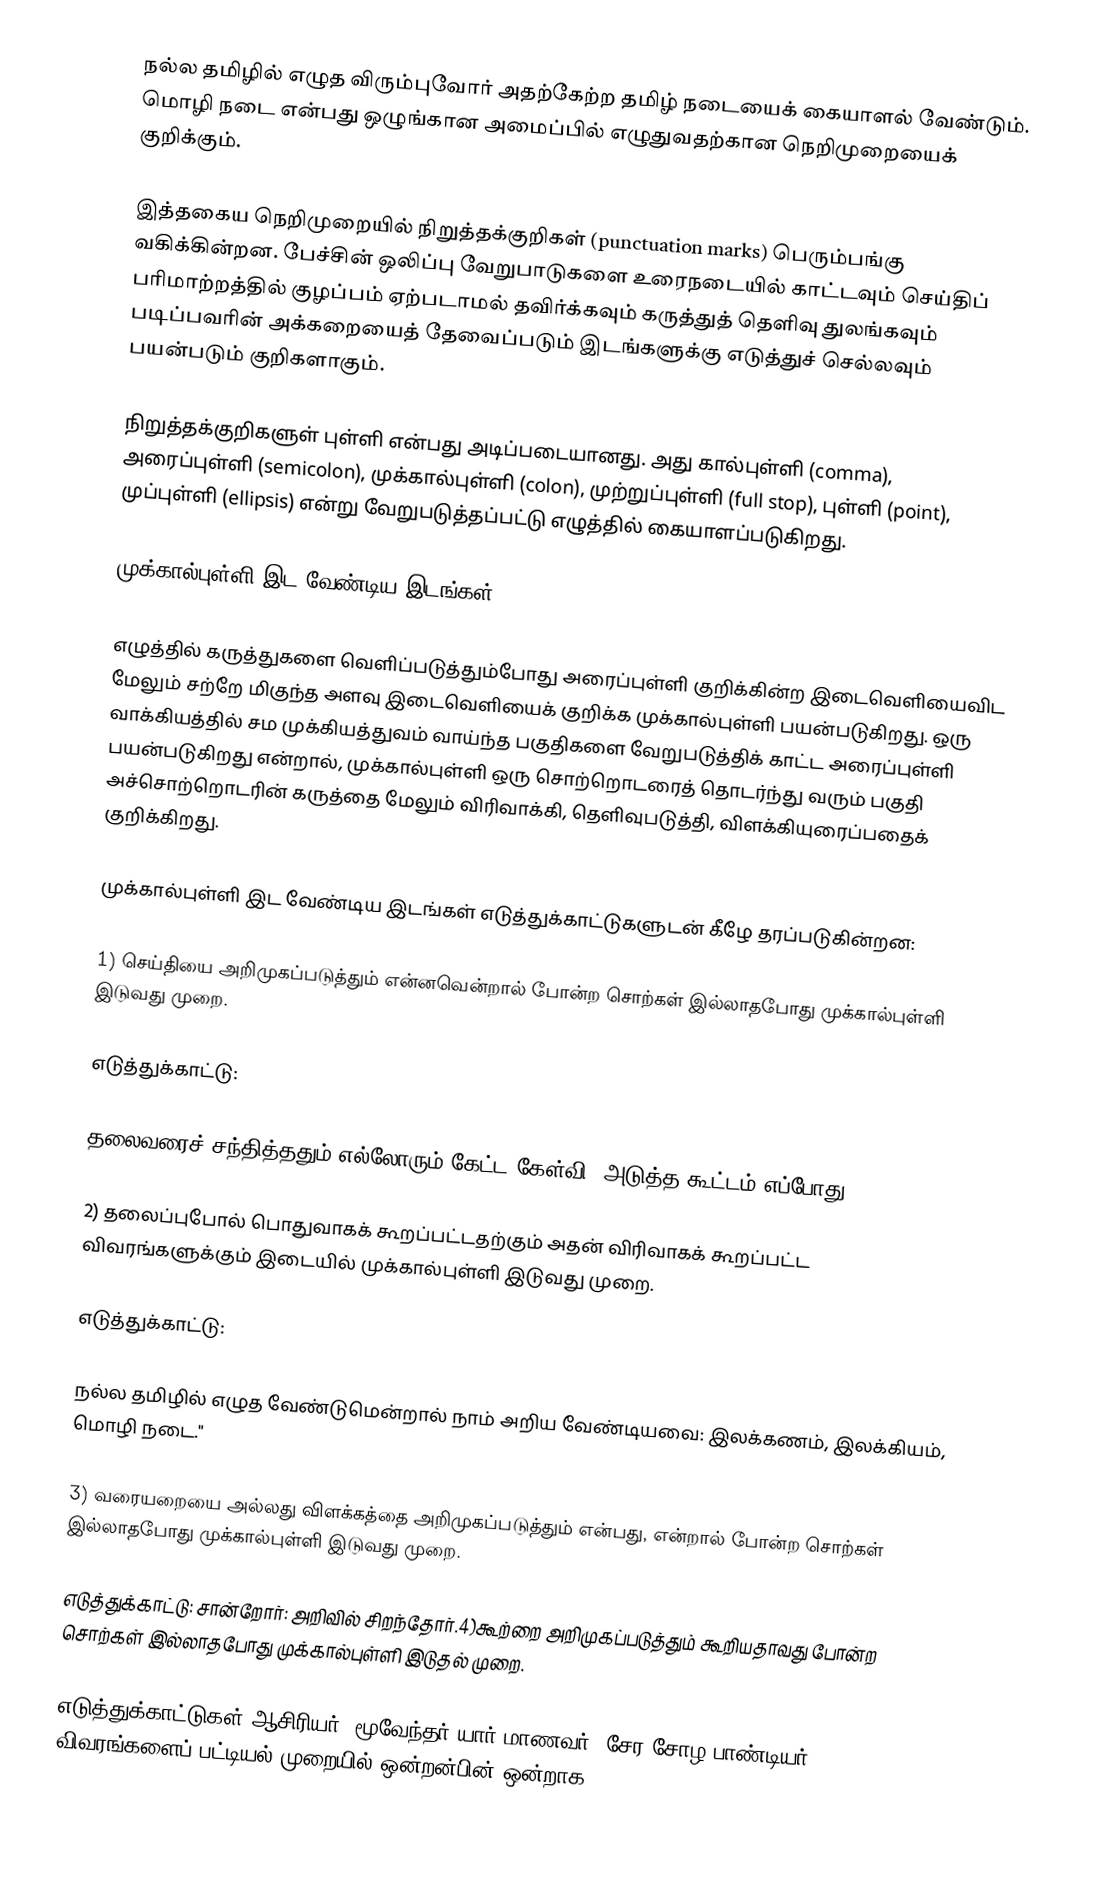
நல்ல தமிழில் எழுத விரும்புவோர் அதற்கேற்ற தமிழ் நடையைக் கையாளல் வேண்டும். மொழி நடை என்பது ஒழுங்கான அமைப்பில் எழுதுவதற்கான நெறிமுறையைக் குறிக்கும்.

இத்தகைய நெறிமுறையில்  நிறுத்தக்குறிகள் (punctuation marks) பெரும்பங்கு வகிக்கின்றன. பேச்சின் ஒலிப்பு வேறுபாடுகளை உரைநடையில் காட்டவும் செய்திப் பரிமாற்றத்தில் குழப்பம் ஏற்படாமல் தவிர்க்கவும் கருத்துத் தெளிவு துலங்கவும் படிப்பவரின் அக்கறையைத் தேவைப்படும் இடங்களுக்கு எடுத்துச் செல்லவும் பயன்படும் குறிகளாகும்.

நிறுத்தக்குறிகளுள் புள்ளி என்பது அடிப்படையானது. அது கால்புள்ளி (comma), அரைப்புள்ளி (semicolon), முக்கால்புள்ளி (colon), முற்றுப்புள்ளி (full stop), புள்ளி (point), முப்புள்ளி (ellipsis)  என்று வேறுபடுத்தப்பட்டு எழுத்தில் கையாளப்படுகிறது.

முக்கால்புள்ளி இட வேண்டிய இடங்கள்

எழுத்தில் கருத்துகளை வெளிப்படுத்தும்போது அரைப்புள்ளி குறிக்கின்ற இடைவெளியைவிட மேலும் சற்றே மிகுந்த அளவு இடைவெளியைக் குறிக்க முக்கால்புள்ளி பயன்படுகிறது. ஒரு வாக்கியத்தில் சம முக்கியத்துவம் வாய்ந்த பகுதிகளை வேறுபடுத்திக் காட்ட அரைப்புள்ளி பயன்படுகிறது என்றால், முக்கால்புள்ளி ஒரு சொற்றொடரைத் தொடர்ந்து வரும் பகுதி அச்சொற்றொடரின் கருத்தை மேலும் விரிவாக்கி, தெளிவுபடுத்தி, விளக்கியுரைப்பதைக் குறிக்கிறது.

முக்கால்புள்ளி இட வேண்டிய இடங்கள் எடுத்துக்காட்டுகளுடன் கீழே தரப்படுகின்றன:

1) செய்தியை அறிமுகப்படுத்தும் என்னவென்றால் போன்ற சொற்கள் இல்லாதபோது முக்கால்புள்ளி இடுவது முறை.

எடுத்துக்காட்டு:

தலைவரைச் சந்தித்ததும் எல்லோரும் கேட்ட கேள்வி: அடுத்த கூட்டம் எப்போது?

2) தலைப்புபோல் பொதுவாகக் கூறப்பட்டதற்கும் அதன் விரிவாகக் கூறப்பட்ட விவரங்களுக்கும் இடையில் முக்கால்புள்ளி இடுவது முறை.

எடுத்துக்காட்டு:

நல்ல தமிழில் எழுத வேண்டுமென்றால் நாம் அறிய வேண்டியவை: இலக்கணம், இலக்கியம், மொழி நடை."

3) வரையறையை அல்லது விளக்கத்தை அறிமுகப்படுத்தும் என்பது, என்றால் போன்ற சொற்கள் இல்லாதபோது முக்கால்புள்ளி இடுவது முறை.

எடுத்துக்காட்டு: சான்றோர்: அறிவில் சிறந்தோர்.4)கூற்றை அறிமுகப்படுத்தும் கூறியதாவது போன்ற சொற்கள் இல்லாதபோது முக்கால்புள்ளி இடுதல் முறை.

எடுத்துக்காட்டுகள்:ஆசிரியர்: மூவேந்தர் யார்?மாணவர்: சேர சோழ பாண்டியர்.5) விவரங்களைப் பட்டியல் முறையில் ஒன்றன்பின் ஒன்றாக